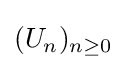
(U_{n})_{n\geq 0}